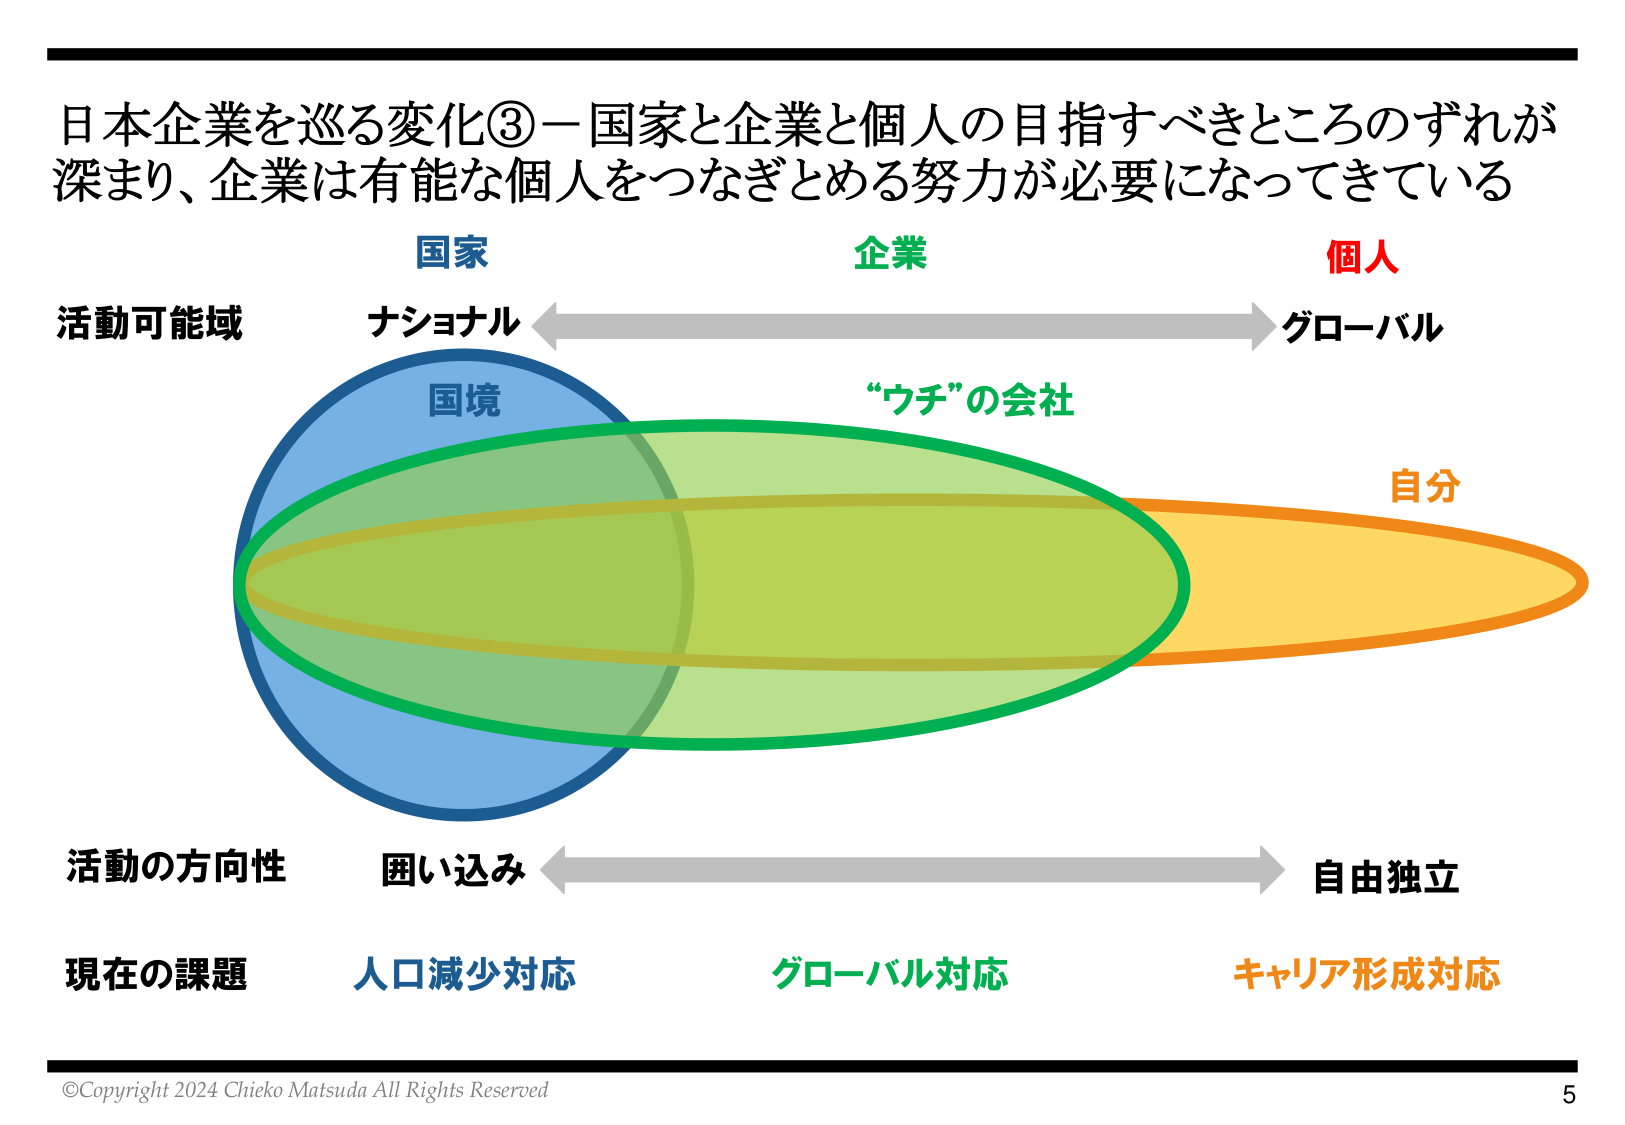
日本企業を巡る変化③－国家と企業と個人の目指すべきところのずれが
深まり、企業は有能な個人をつなぎとめる努力が必要になってきている

国家
企業
個人

活動可能域
ナショナル ←→ グローバル

国境
“ウチ”の会社
自分

活動の方向性
囲い込み ←→ 自由独立

現在の課題
人口減少対応
グローバル対応
キャリア形成対応

©Copyright 2024 Chieko Matsuda All Rights Reserved
5